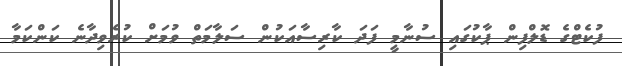
ފުކެޓްގެ ޑޮލްފިން ޕާކުގައި ސުނާމީ ފަދަ ކާރިސާއަކުން ސަލާމަތް ވުމަށް ކުރެވިދާނެ ކަންކަމާ